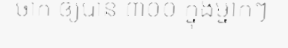
ចាក់ ឲ្យបាន ៣០០ ក្នុងម្នាក់ៗ